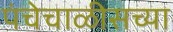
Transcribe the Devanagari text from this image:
पंचेचाळीसच्या